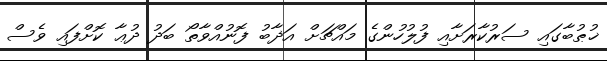
ޚުޠުބާގައި ސަރުކާރަށާއި ފުލުހުންގެ މައްޗަށް އަޛާބު ފޮނުއްވާތޯ ބަދު ދުޢާ ކޮށްފައި ވެސް